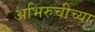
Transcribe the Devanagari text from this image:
अभिरुचीच्या